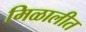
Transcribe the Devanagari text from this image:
मिळालीत